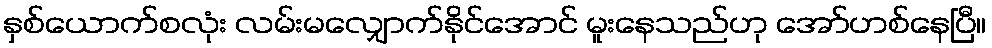
နှစ်ယောက်စလုံး လမ်းမလျှောက်နိုင်အောင် မူးနေသည်ဟု အော်ဟစ်နေပြီ။